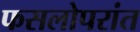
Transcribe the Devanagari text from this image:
फसलोपरांत